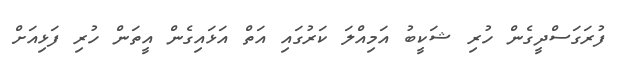
ފުރަގަސްދީގެން ހުރި ޝަކީބު އަމިއްލަ ކަރުގައި އަތް އަޅައިގެން އީތަން ހުރި ފަޅިއަށް